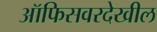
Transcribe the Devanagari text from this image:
ऑफिसवरदेखील